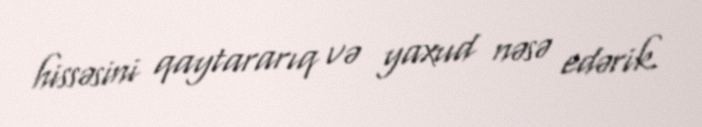
hissəsini qaytararıq və yaxud nəsə edərik.